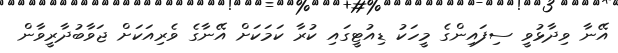
އޭނާ ވިދާޅުވީ ސިފައިންގެ މީހަކު ޑިއުޓީގައި ކުރާ ކަމަކަށް އޭނާގެ ވެރިއަކަށް ޖަވާބުދާރީވާން